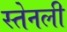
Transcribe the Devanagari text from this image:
स्तेनली